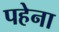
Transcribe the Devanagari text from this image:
पहेना